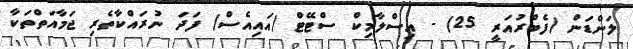
ލަންޑަން (ފެބްރުއަރީ 25) - އިސްލާމިކް ސްޓޭޓް (އައިއެސް) ފަދަ ނުރައްކާތެރި ޖަމާއަތްތަކާ